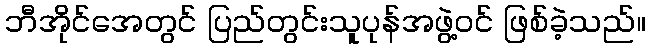
ဘီအိုင်အေတွင် ပြည်တွင်းသူပုန်အဖွဲ့ဝင် ဖြစ်ခဲ့သည်။